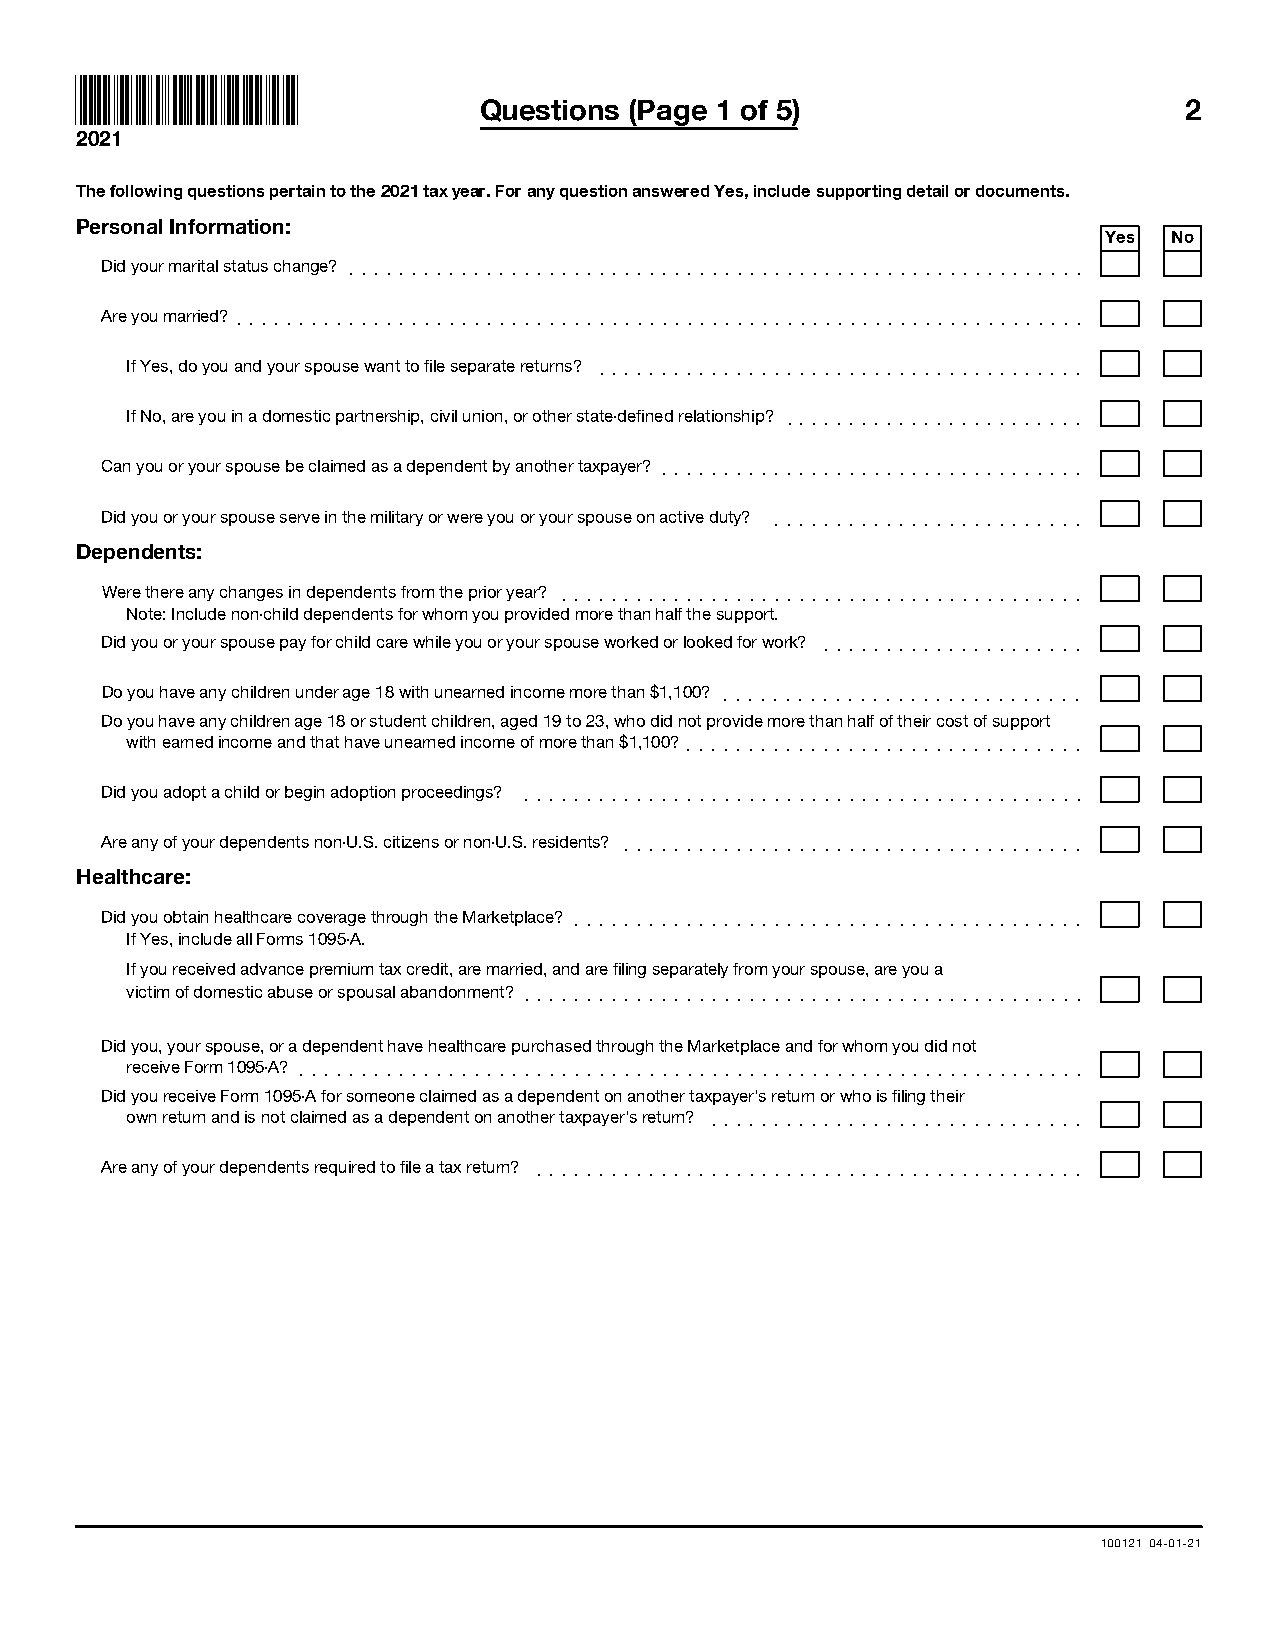
Questions (Page 1 of 5)                       2
 2021
 The following questions pertain to the 2021 tax year. For any question answered Yes, include supporting detail or documents.
 Personal Information:
 Yes  No
 Did your marital status change? ]]]]]]]]]]]]]]]]]]]]]]]]]]]]]]]]]]]]]]]]]]]]]]]]]]]]]]]]]]]
 Are you married? ]]]]]]]]]]]]]]]]]]]]]]]]]]]]]]]]]]]]]]]]]]]]]]]]]]]]]]]]]]]]]]]]]]]]
 If Yes, do you and your spouse want to file separate returns? ]]]]]]]]]]]]]]]]]]]]]]]]]]]]]]]]]]]]]]]
 If No, are you in a domestic partnership, civil union, or other state-defined relationship? ]]]]]]]]]]]]]]]]]]]]]]]]
 Can you or your spouse be claimed as a dependent by another taxpayer? ]]]]]]]]]]]]]]]]]]]]]]]]]]]]]]]]]]
 Did you or your spouse serve in the military or were you or your spouse on active duty? ]]]]]]]]]]]]]]]]]]]]]]]]]
 Dependents:
 Were there any changes in dependents from the prior year? ]]]]]]]]]]]]]]]]]]]]]]]]]]]]]]]]]]]]]]]]]]
 Note: Include non-child dependents for whom you provided more than half the support.
 Did you or your spouse pay for child care while you or your spouse worked or looked for work? ]]]]]]]]]]]]]]]]]]]]]
 Do you have any children under age 18 with unearned income more than $1,100? ]]]]]]]]]]]]]]]]]]]]]]]]]]]]]
 Do you have any children age 18 or student children, aged 19 to 23, who did not provide more than half of their cost of support
 with earned income and that have unearned income of more than $1,100? ]]]]]]]]]]]]]]]]]]]]]]]]]]]]]]]]
 Did you adopt a child or begin adoption proceedings? ]]]]]]]]]]]]]]]]]]]]]]]]]]]]]]]]]]]]]]]]]]]]]
 Are any of your dependents non-U.S. citizens or non-U.S. residents? ]]]]]]]]]]]]]]]]]]]]]]]]]]]]]]]]]]]]]
 Healthcare:
 Did you obtain healthcare coverage through the Marketplace? ]]]]]]]]]]]]]]]]]]]]]]]]]]]]]]]]]]]]]]]]]
 If Yes, include all Forms 1095-A.
 If you received advance premium tax credit, are married, and are filing separately from your spouse, are you a
 victim of domestic abuse or spousal abandonment? ]]]]]]]]]]]]]]]]]]]]]]]]]]]]]]]]]]]]]]]]]]]]]
 Did you, your spouse, or a dependent have healthcare purchased through the Marketplace and for whom you did not
 receive Form 1095-A? ]]]]]]]]]]]]]]]]]]]]]]]]]]]]]]]]]]]]]]]]]]]]]]]]]]]]]]]]]]]]]]]
 Did you receive Form 1095-A for someone claimed as a dependent on another taxpayer’s return or who is filing their
 own return and is not claimed as a dependent on another taxpayer’s return? ]]]]]]]]]]]]]]]]]]]]]]]]]]]]]]
 Are any of your dependents required to file a tax return? ]]]]]]]]]]]]]]]]]]]]]]]]]]]]]]]]]]]]]]]]]]]]
 100121 04-01-21